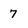
Character: 7